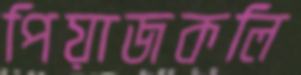
পিয়াজকলি